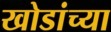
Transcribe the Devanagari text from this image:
खोडांच्या